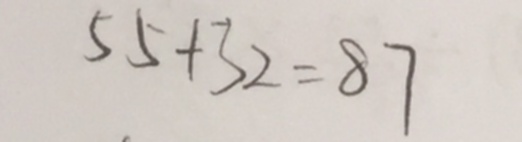
5 5 + 3 2 = 8 7